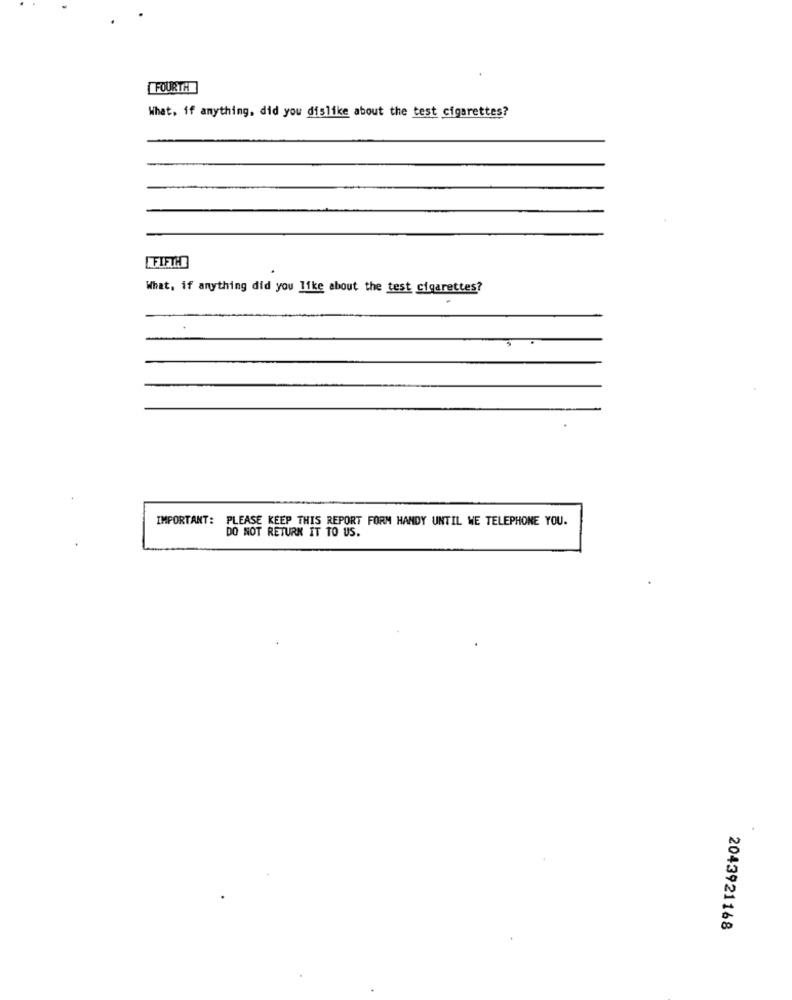
FOURTH
What, if anything. did you dislike about the test cigarettes?
FIFTH
What, if anything did you like about the test cigarettes?
IMPORTANT: PLEASE KEEP THIS REPORT FORM HANDY UNTIL WE TELEPHONE YOU.
DO NOT RETURN IT TO US.
2043921168